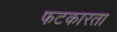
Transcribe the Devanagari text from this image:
फटकारता